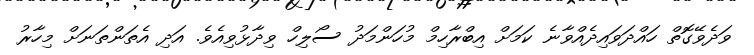
ވަދެވޭގޮތް ހައްދަވައިދެއްވާނެ ކަމަށް އިބްރާހިމް މުހަންމަދު ސޯލިހް ވިދާޅުވިއެވެ. އަދި އެތަންތަނަށް މިހާރު